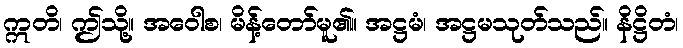
ဣတိ၊ ဤသို့။ အဝေါစ၊ မိန့်တော်မူ၏။ အဋ္ဌမံ၊ အဋ္ဌမသုတ်သည်။ နိဋ္ဌိတံ၊